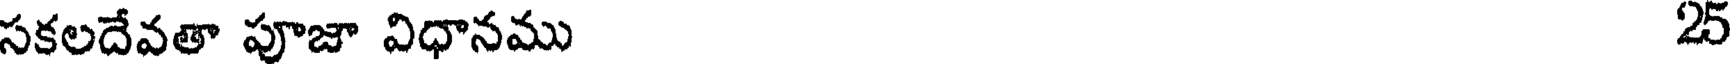
సకలదేవతా పూజా విధానము 25